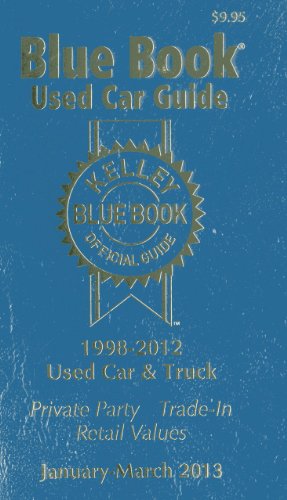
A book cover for Kelly Blue Book Used Car Guide: January-March 2013 (Kelley Blue Book Used Car Guide); Kelley Blue Book; Engineering & Transportation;